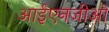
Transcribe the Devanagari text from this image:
आईएनजीओ